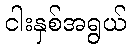
ငါးနှစ်အရွယ်